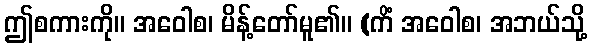
ဤစကားကို။ အဝေါစ၊ မိန့်တော်မူ၏။ (ကိံ အဝေါစ၊ အဘယ်သို့